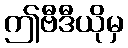
ဤဗီဒီယိုမှ